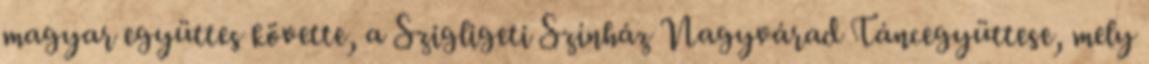
magyar együttes követte, a Szigligeti Színház Nagyvárad Táncegyüttese, mely